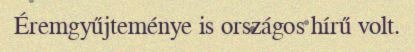
Éremgyűjteménye is országos hírű volt.